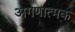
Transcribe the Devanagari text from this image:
अगणात्मक